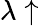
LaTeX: \lambda\uparrow